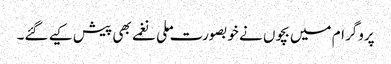
پروگرام میں بچوں نے خوبصورت ملی نغمے بھی پیش کیے گئے۔